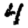
Digit: 4